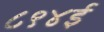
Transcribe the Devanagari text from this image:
८९४ई